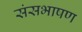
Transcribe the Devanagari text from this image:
संसभाषण